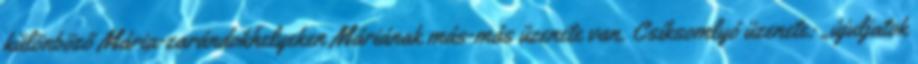
különböző Mária-zarándokhelyeken Máriának más-más üzenete van. Csíksomlyó üzenete: „újuljatok